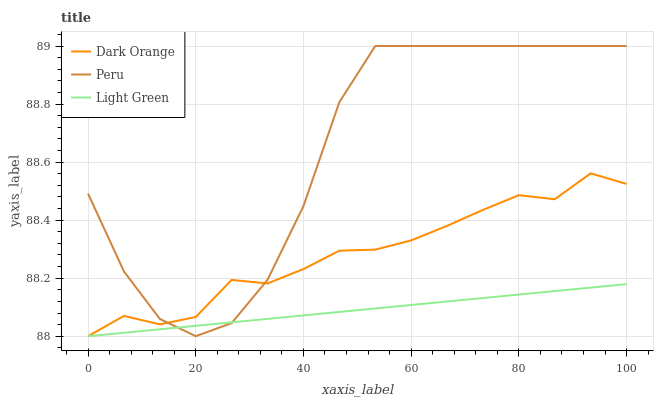
| xaxis_label | Dark Orange | Peru | Light Green |
 | --- | --- | --- | --- |
 | 0 | 88 | 88.5 | 88 |
 | 6.67 | 88.1 | 88.2 | 88 |
 | 13.3 | 88 | 88.1 | 88 |
 | 20 | 88.1 | 88 | 88 |
 | 26.7 | 88.2 | 88 | 88 |
 | 33.3 | 88.2 | 88.2 | 88.1 |
 | 40 | 88.2 | 88.4 | 88.1 |
 | 46.7 | 88.3 | 88.8 | 88.1 |
 | 53.3 | 88.3 | 89 | 88.1 |
 | 60 | 88.3 | 89 | 88.1 |
 | 66.7 | 88.4 | 89 | 88.1 |
 | 73.3 | 88.4 | 89 | 88.1 |
 | 80 | 88.5 | 89 | 88.1 |
 | 86.7 | 88.5 | 89 | 88.2 |
 | 93.3 | 88.6 | 89 | 88.2 |
 | 100 | 88.5 | 89 | 88.2 |